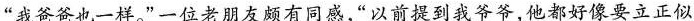
“我爸爸也一样。”一位老朋友颇有同感，以前提到我爷爷，他都好像要立正似